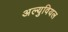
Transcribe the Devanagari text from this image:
अल्युवियल